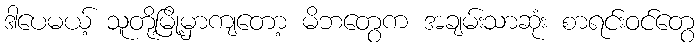
ဒါပေမယ့် သူတို့မြို့မှာကျတော့ မိဘတွေက အချမ်းသာဆုံး စာရင်းဝင်တွေ